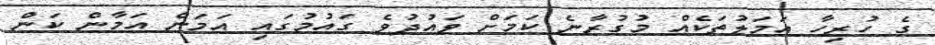
ގެ ހުރިހާ އަމަލުތަކެއް މުގުރާނެ ކަމަށް ވައުދުވެ ގައުމުގައި އަމަން އަމާން ކަން